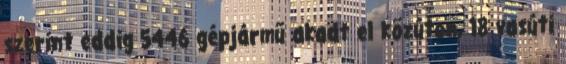
szerint eddig 5446 gépjármű akadt el közúton, 18 vasúti